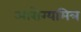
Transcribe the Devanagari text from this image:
आरोग्यमित्र